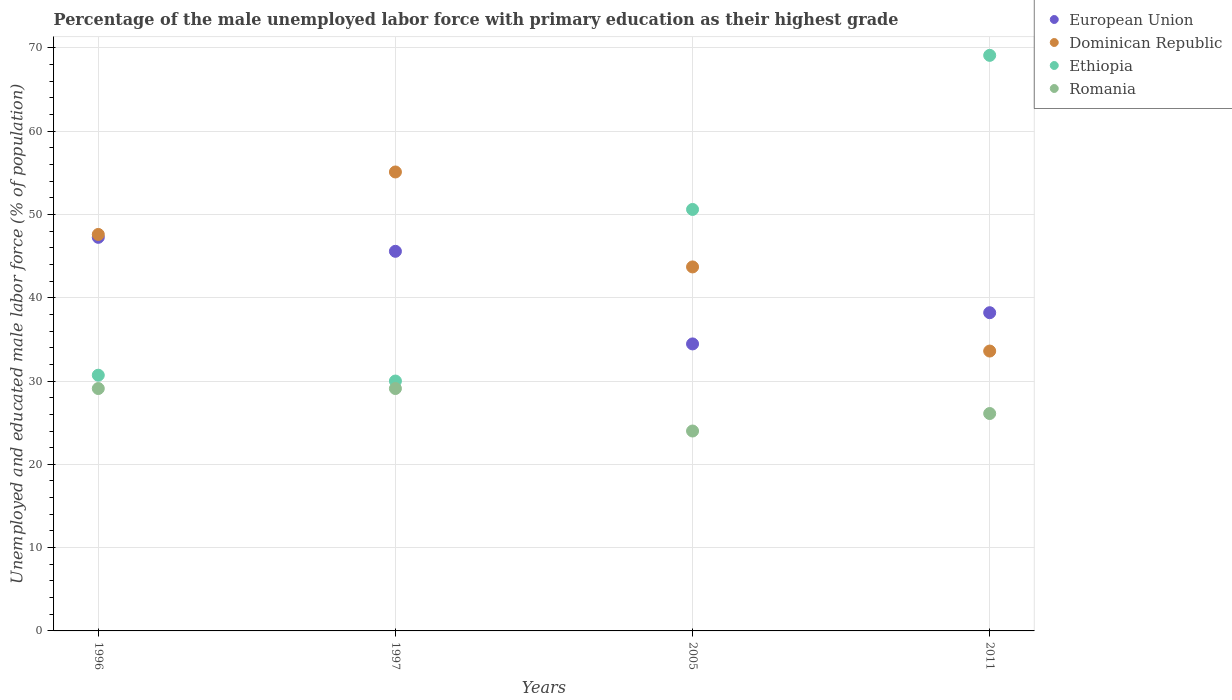
| Years | European Union | Dominican Republic | Ethiopia | Romania |
 | --- | --- | --- | --- | --- |
 | 1996 | 47.3 | 47.6 | 30.7 | 29.1 |
 | 1997 | 45.6 | 55.1 | 30 | 29.1 |
 | 2005 | 34.5 | 43.7 | 50.6 | 24 |
 | 2011 | 38.2 | 33.6 | 69.1 | 26.1 |